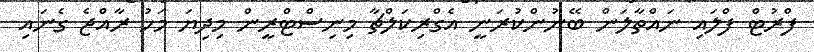
ފްރުޓް ފްލައި ނައްތާލަން ބޭނުންކުރަނީ އެގްރިކަލްޗާ މިނިސްޓްރީން މިދިޔަ މަހު ރާއްޖެ ގެނައި